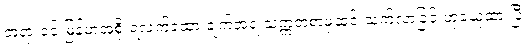
တရားဝင် မြန်မာအစိုးရလက်ခံထားချက်အရ သက္ကတစာမှဆင်းသက်လာခြင်းဟုခံယူထားပြီး